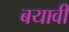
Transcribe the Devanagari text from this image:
बयावी